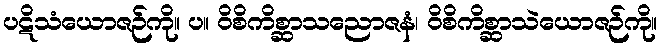
ပဋိသံယောဇဉ်ကို။ ပ။ ဝိစိကိစ္ဆာသညောဇနံ၊ ဝိစိကိစ္ဆာသဲယောဇဉ်ကို။